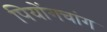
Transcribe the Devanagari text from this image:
पियोंगचांग